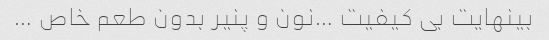
بینهایت بی کیفیت …نون و پنیر بدون طعم خاص …